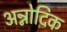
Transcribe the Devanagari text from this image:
अन्नोदिक